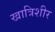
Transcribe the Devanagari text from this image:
खात्रिशीर